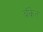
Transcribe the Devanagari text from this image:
बॅकेत